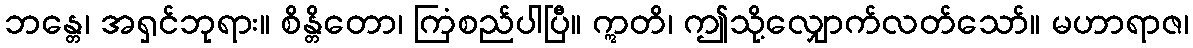
ဘန္တေ၊ အရှင်ဘုရား။ စိန္တိတော၊ ကြံစည်ပါပြီ။ ဣတိ၊ ဤသို့လျှောက်လတ်သော်။ မဟာရာဇ၊